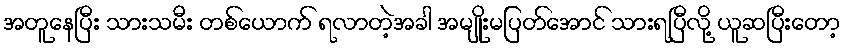
အတူနေပြီး သားသမီး တစ်ယောက် ရလာတဲ့အခါ အမျိုးမပြတ်အောင် သားရပြီလို့ ယူဆပြီးတော့